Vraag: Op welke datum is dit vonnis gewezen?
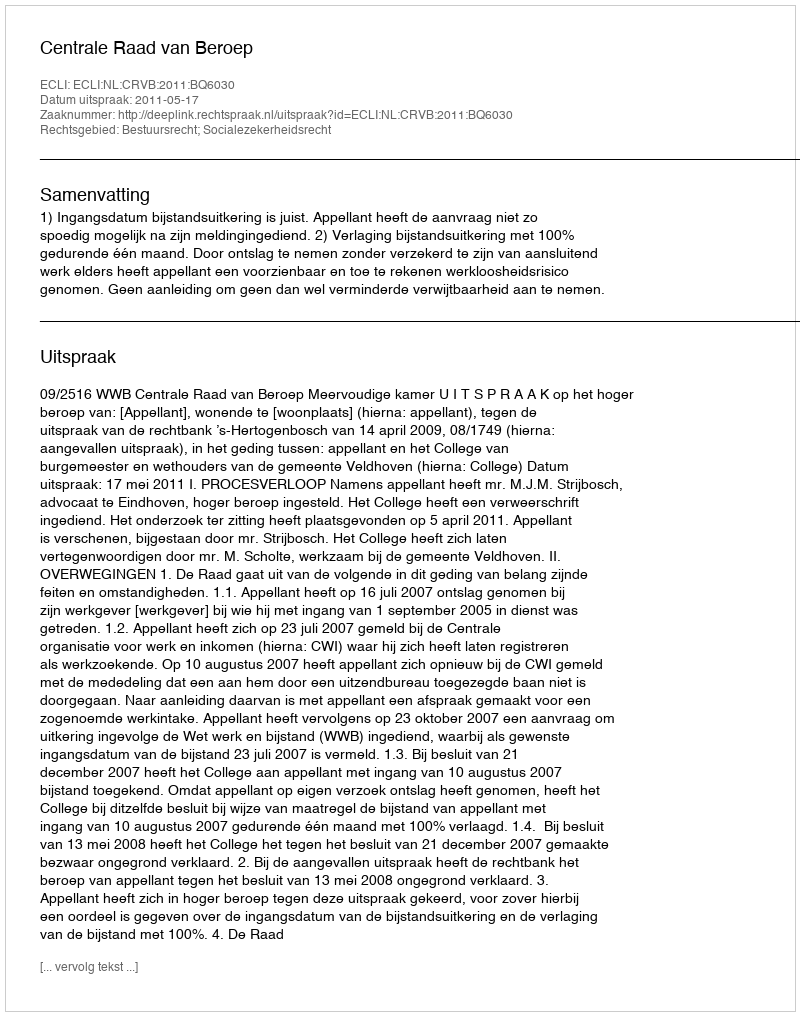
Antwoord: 2011-05-17